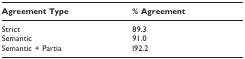
<table><thead><tr><td><b>Agreement Type</b></td><td><b>% Agreement</b></td></tr></thead><tbody><tr><td>Strict</td><td>89.3</td></tr><tr><td>Semantic</td><td>91.0</td></tr><tr><td>Semantic + Partia</td><td>l92.2</td></tr></tbody></table>